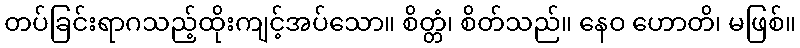
တပ်ခြင်းရာဂသည့်ထိုးကျင့်အပ်သော။ စိတ္တံ၊ စိတ်သည်။ နေဝ ဟောတိ၊ မဖြစ်။